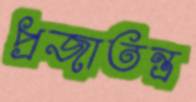
প্রজাতন্ত্র